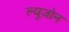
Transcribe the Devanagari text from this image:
ल्युज़ोन